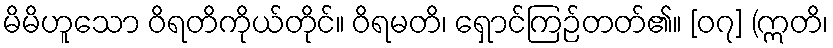
မိမိဟူသော ဝိရတိကိုယ်တိုင်။ ဝိရမတိ၊ ရှောင်ကြဉ်တတ်၏။ [၀၇] (ဣတိ၊